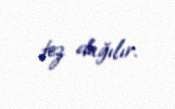
tez dağılır.